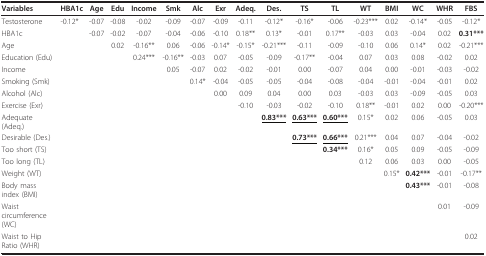
<table><thead><tr><td><b>Variables</b></td><td><b>HBA1c</b></td><td><b>Age</b></td><td><b>Edu</b></td><td><b>Income</b></td><td><b>Smk</b></td><td><b>Alc</b></td><td><b>Exr</b></td><td><b>Adeq.</b></td><td><b>Des.</b></td><td><b>TS</b></td><td><b>TL</b></td><td><b>WT</b></td><td><b>BMI</b></td><td><b>WC</b></td><td><b>WHR</b></td><td><b>FBS</b></td></tr></thead><tbody><tr><td>Testosterone</td><td>-0.12*</td><td>-0.07</td><td>-0.08</td><td>-0.02</td><td>-0.09</td><td>-0.07</td><td>-0.09</td><td>-0.11</td><td>-0.12*</td><td>-0.16*</td><td>-0.06</td><td>-0.23***</td><td>0.02</td><td>-0.14*</td><td>-0.05</td><td>-0.12*</td></tr><tr><td>HBA1c</td><td>[EMPTY_CELL]</td><td>-0.07</td><td>-0.02</td><td>-0.07</td><td>-0.04</td><td>-0.06</td><td>-0.10</td><td>0.18**</td><td>0.13*</td><td>-0.01</td><td>0.17**</td><td>-0.03</td><td>0.03</td><td>-0.04</td><td>0.02</td><td><b>0.31***</b></td></tr><tr><td>Age</td><td>[EMPTY_CELL]</td><td>[EMPTY_CELL]</td><td>0.02</td><td>-0.16**</td><td>0.06</td><td>-0.06</td><td>-0.14*</td><td>-0.15*</td><td>-0.21***</td><td>-0.11</td><td>-0.09</td><td>-0.10</td><td>0.06</td><td>0.14*</td><td>0.02</td><td>-0.21***</td></tr><tr><td colspan="2">Education (Edu)</td><td>[EMPTY_CELL]</td><td>[EMPTY_CELL]</td><td>0.24***</td><td>-0.16**</td><td>-0.03</td><td>0.07</td><td>-0.05</td><td>-0.09</td><td>-0.17**</td><td>-0.04</td><td>0.07</td><td>0.03</td><td>0.08</td><td>-0.02</td><td>0.02</td></tr><tr><td>Income</td><td>[EMPTY_CELL]</td><td>[EMPTY_CELL]</td><td>[EMPTY_CELL]</td><td>[EMPTY_CELL]</td><td>0.05</td><td>-0.07</td><td>0.02</td><td>-0.02</td><td>-0.01</td><td>0.00</td><td>-0.07</td><td>0.04</td><td>0.00</td><td>-0.01</td><td>-0.03</td><td>-0.02</td></tr><tr><td>Smoking (Smk)</td><td>[EMPTY_CELL]</td><td>[EMPTY_CELL]</td><td>[EMPTY_CELL]</td><td>[EMPTY_CELL]</td><td>[EMPTY_CELL]</td><td>0.14*</td><td>-0.04</td><td>-0.05</td><td>-0.05</td><td>-0.04</td><td>-0.08</td><td>-0.04</td><td>-0.01</td><td>-0.04</td><td>-0.01</td><td>0.02</td></tr><tr><td>Alcohol (Alc)</td><td>[EMPTY_CELL]</td><td>[EMPTY_CELL]</td><td>[EMPTY_CELL]</td><td>[EMPTY_CELL]</td><td>[EMPTY_CELL]</td><td>[EMPTY_CELL]</td><td>0.00</td><td>0.09</td><td>0.04</td><td>0.00</td><td>0.03</td><td>-0.03</td><td>0.03</td><td>-0.09</td><td>-0.05</td><td>0.03</td></tr><tr><td>Exercise (Exr)</td><td>[EMPTY_CELL]</td><td>[EMPTY_CELL]</td><td>[EMPTY_CELL]</td><td>[EMPTY_CELL]</td><td>[EMPTY_CELL]</td><td>[EMPTY_CELL]</td><td>[EMPTY_CELL]</td><td>-0.10</td><td>-0.03</td><td>-0.02</td><td>-0.10</td><td>0.18**</td><td>-0.01</td><td>0.02</td><td>0.00</td><td>-0.20***</td></tr><tr><td>Adequate (Adeq.)</td><td>[EMPTY_CELL]</td><td>[EMPTY_CELL]</td><td>[EMPTY_CELL]</td><td>[EMPTY_CELL]</td><td>[EMPTY_CELL]</td><td>[EMPTY_CELL]</td><td>[EMPTY_CELL]</td><td>[EMPTY_CELL]</td><td><b><underline>0.83***</underline></b></td><td><b><underline>0.63***</underline></b></td><td><b><underline>0.60***</underline></b></td><td>0.15*</td><td>0.02</td><td>0.06</td><td>-0.05</td><td>0.03</td></tr><tr><td>Desirable (Des.)</td><td>[EMPTY_CELL]</td><td>[EMPTY_CELL]</td><td>[EMPTY_CELL]</td><td>[EMPTY_CELL]</td><td>[EMPTY_CELL]</td><td>[EMPTY_CELL]</td><td>[EMPTY_CELL]</td><td>[EMPTY_CELL]</td><td>[EMPTY_CELL]</td><td><b><underline>0.73***</underline></b></td><td><b><underline>0.66***</underline></b></td><td>0.21***</td><td>0.04</td><td>0.07</td><td>-0.04</td><td>-0.02</td></tr><tr><td>Too short (TS)</td><td>[EMPTY_CELL]</td><td>[EMPTY_CELL]</td><td>[EMPTY_CELL]</td><td>[EMPTY_CELL]</td><td>[EMPTY_CELL]</td><td>[EMPTY_CELL]</td><td>[EMPTY_CELL]</td><td>[EMPTY_CELL]</td><td>[EMPTY_CELL]</td><td>[EMPTY_CELL]</td><td><b>0.34***</b></td><td>0.16*</td><td>0.05</td><td>0.09</td><td>-0.05</td><td>-0.09</td></tr><tr><td>Too long (TL)</td><td>[EMPTY_CELL]</td><td>[EMPTY_CELL]</td><td>[EMPTY_CELL]</td><td>[EMPTY_CELL]</td><td>[EMPTY_CELL]</td><td>[EMPTY_CELL]</td><td>[EMPTY_CELL]</td><td>[EMPTY_CELL]</td><td>[EMPTY_CELL]</td><td>[EMPTY_CELL]</td><td>[EMPTY_CELL]</td><td>0.12</td><td>0.06</td><td>0.03</td><td>0.00</td><td>-0.05</td></tr><tr><td>Weight (WT)</td><td>[EMPTY_CELL]</td><td>[EMPTY_CELL]</td><td>[EMPTY_CELL]</td><td>[EMPTY_CELL]</td><td>[EMPTY_CELL]</td><td>[EMPTY_CELL]</td><td>[EMPTY_CELL]</td><td>[EMPTY_CELL]</td><td>[EMPTY_CELL]</td><td>[EMPTY_CELL]</td><td>[EMPTY_CELL]</td><td>[EMPTY_CELL]</td><td>0.15*</td><td><b>0.42***</b></td><td>-0.01</td><td>-0.17**</td></tr><tr><td>Body mass index (BMI)</td><td>[EMPTY_CELL]</td><td>[EMPTY_CELL]</td><td>[EMPTY_CELL]</td><td>[EMPTY_CELL]</td><td>[EMPTY_CELL]</td><td>[EMPTY_CELL]</td><td>[EMPTY_CELL]</td><td>[EMPTY_CELL]</td><td>[EMPTY_CELL]</td><td>[EMPTY_CELL]</td><td>[EMPTY_CELL]</td><td>[EMPTY_CELL]</td><td>[EMPTY_CELL]</td><td><b>0.43***</b></td><td>-0.01</td><td>-0.08</td></tr><tr><td>Waist circumference (WC)</td><td>[EMPTY_CELL]</td><td>[EMPTY_CELL]</td><td>[EMPTY_CELL]</td><td>[EMPTY_CELL]</td><td>[EMPTY_CELL]</td><td>[EMPTY_CELL]</td><td>[EMPTY_CELL]</td><td>[EMPTY_CELL]</td><td>[EMPTY_CELL]</td><td>[EMPTY_CELL]</td><td>[EMPTY_CELL]</td><td>[EMPTY_CELL]</td><td>[EMPTY_CELL]</td><td>[EMPTY_CELL]</td><td>0.01</td><td>-0.09</td></tr><tr><td>Waist to Hip Ratio (WHR)</td><td>[EMPTY_CELL]</td><td>[EMPTY_CELL]</td><td>[EMPTY_CELL]</td><td>[EMPTY_CELL]</td><td>[EMPTY_CELL]</td><td>[EMPTY_CELL]</td><td>[EMPTY_CELL]</td><td>[EMPTY_CELL]</td><td>[EMPTY_CELL]</td><td>[EMPTY_CELL]</td><td>[EMPTY_CELL]</td><td>[EMPTY_CELL]</td><td>[EMPTY_CELL]</td><td>[EMPTY_CELL]</td><td>[EMPTY_CELL]</td><td>0.02</td></tr></tbody></table>